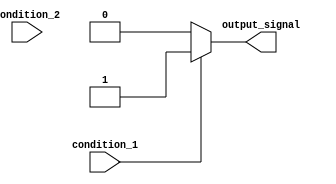
module if_else_statement (
    input wire condition_1,
    input wire condition_2,
    output reg output_signal
);

always @ (*) begin
    if (condition_1) begin
        // code block 1 for condition 1
        output_signal <= 1'b1;
    end
    else if (condition_2) begin
        // code block 2 for condition 2
        output_signal <= 1'b0;
    end
    else begin
        // default action
        output_signal <= 1'b0;
    end
end

endmodule